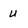
Character: u